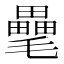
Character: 𣰭